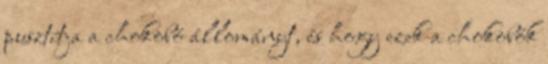
pusztítja a chokobó állományt, és hogy ezek a chokobók